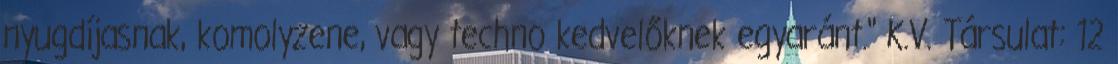
nyugdíjasnak, komolyzene, vagy techno kedvelőknek egyaránt." K.V. Társulat: 12